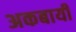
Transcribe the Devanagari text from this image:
अकबायी